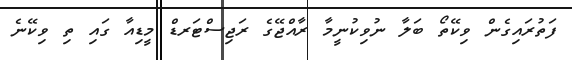
ފަތުރައިގެން ވިކޭތޯ ބަލާ ނުވިކުނީމާ ރާއްޖޭގެ ރަޖިސްޓަރޑް މީޑިއާ ގައި ތި ވިކޭނެ